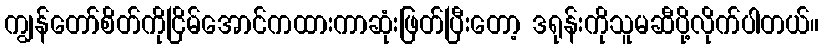
ကျွန်တော်စိတ်ကိုငြိမ်အောင်ကထားကာဆုံးဖြတ်ပြီးတော့ ဒရုန်းကိုသူမဆီပို့လိုက်ပါတယ်။